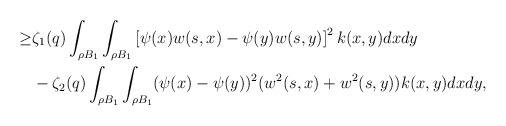
LaTeX: \begin{align*} \geq & \zeta_{1}(q)\int_{\rho B_{1}}\int_{\rho B_{1}}\left[ \psi(x)w(s,x) - \psi(y)w(s,y) \right]^{2}k(x,y)dxdy \\& - \zeta_{2}(q)\int_{\rho B_{1}}\int_{\rho B_{1}}(\psi(x)-\psi(y))^{2}(w^{2}(s,x) + w^{2}(s,y))k(x,y)dxdy,\end{align*}